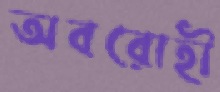
অবরোহী